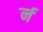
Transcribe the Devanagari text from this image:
र्न